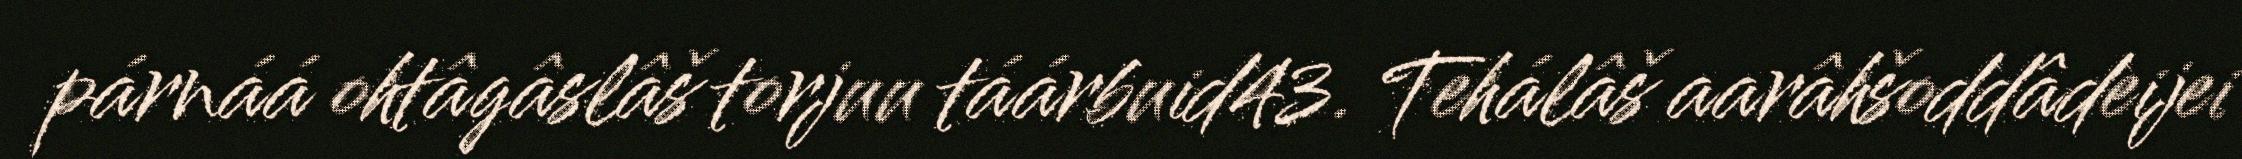
párnáá ohtâgâslâš torjuu táárbuid43. Tehálâš aarâhšoddâdeijei